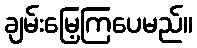
ချမ်းမြေ့ကြပေမည်။